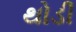
થોડી